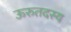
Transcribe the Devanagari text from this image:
ऊरुतदस्य